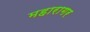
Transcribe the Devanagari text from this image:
महारागर